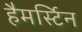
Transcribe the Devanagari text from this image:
हैमर्स्टिन